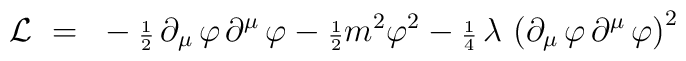
{\cal L} ~=~ - {\scriptstyle \frac{1}{2}}\, \partial_{\mu}\, \varphi\,\partial^{\mu} \, \varphi - {\scriptstyle \frac{1}{2}} m^2\varphi^2 - {\scriptstyle \frac{1}{4}} \, \lambda\, \left( \partial_{\mu}\, \varphi\, \partial^{\mu}\, \varphi\right)^2